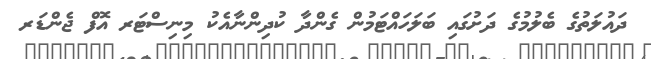
ދައުލަތުގެ ބެލުމުގެ ދަށުގައި ބަލަހައްޓަމުން ގެންދާ ކުދިންނާއެކު މިނިސްޓަރ އޮފް ޖެންޑަރ